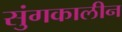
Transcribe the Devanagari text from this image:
सुंगकालीन